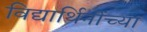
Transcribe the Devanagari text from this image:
विद्यार्थिनींच्या